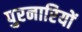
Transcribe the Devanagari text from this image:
पुरनारियों